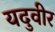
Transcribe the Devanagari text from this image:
यदुवीर